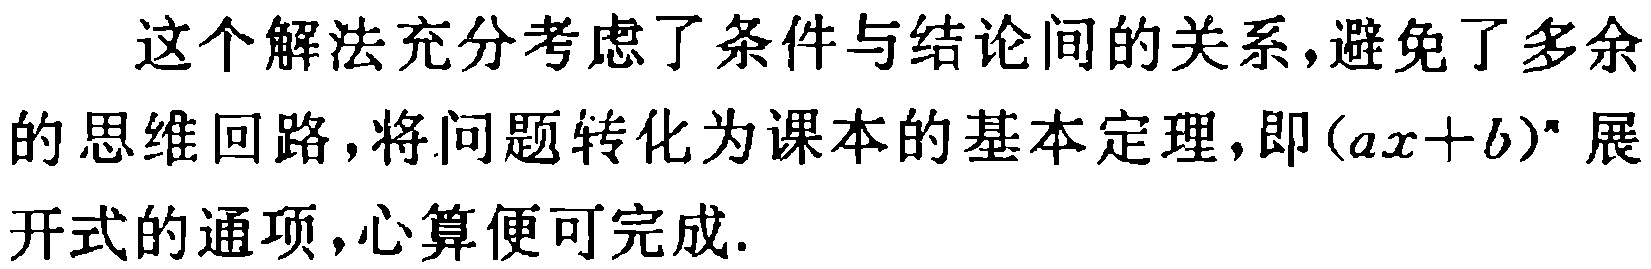
这个解法充分考虑了条件与结论间的关系，避免了多余的思维回路，将问题转化为课本的基本定理，即\((ax + b)^n\)展开式的通项，心算便可完成.